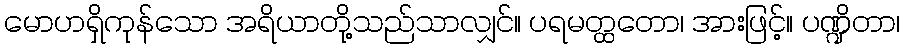
မောဟရှိကုန်သော အရိယာတို့သည်သာလျှင်။ ပရမတ္ထတော၊ အားဖြင့်။ ပဏ္ဍိတာ၊